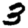
Digit: 3